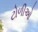
ટોળીઓ